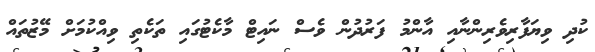
ކުދި ވިޔަފާރިވެރިންނާއި އާންމު ފަރުދުން ވެސް ނައިޓް މާކެޓުގައި ތަކެތި ވިއްކުމަށް މޭޒުތައް